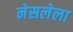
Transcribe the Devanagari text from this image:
नेसलेला